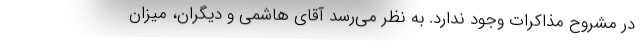
در مشروح مذاکرات وجود ندارد. به نظر می‌رسد آقای هاشمی و دیگران، میزان